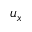
u _ { x }